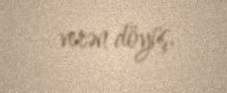
verən döyüş.